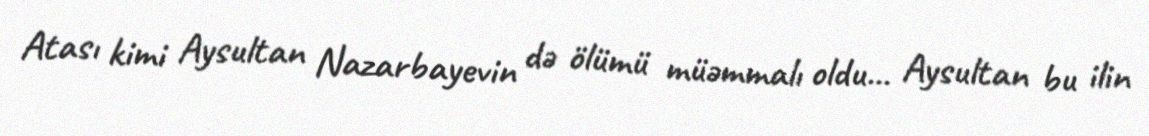
Atası kimi Aysultan Nazarbayevin də ölümü müəmmalı oldu... Aysultan bu ilin